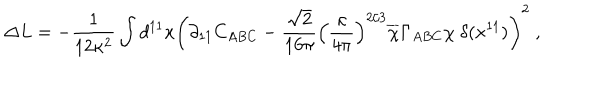
\Delta L = - { \frac { 1 } { 1 2 \kappa ^ { 2 } } } \int d ^ { 1 1 } x \left( \partial _ { 1 1 } C _ { A B C } - { \frac { \sqrt { 2 } } { 1 6 \pi } } \left( { \frac { \kappa } { 4 \pi } } \right) ^ { 2 / 3 } \overline { { { \chi } } } \Gamma _ { A B C } \chi \ \delta ( x ^ { 1 1 } ) \right) ^ { 2 } \ ,